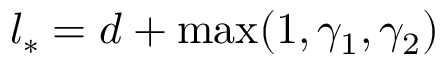
l _ { * } = d + \operatorname* { m a x } ( 1 , \gamma _ { 1 } , \gamma _ { 2 } )